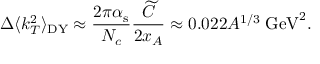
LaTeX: \Delta \langle k _ { T } ^ { 2 } \rangle _ { \mathrm { D Y } } \approx \frac { 2 \pi \alpha _ { \mathrm { s } } } { N _ { c } } \frac { \widetilde { C } } { 2 x _ { A } } \approx 0 . 0 2 2 A ^ { 1 / 3 } \; \mathrm { G e V } ^ { 2 } .